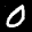
Label: 0